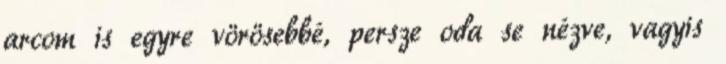
arcom is egyre vörösebbé, persze oda se nézve, vagyis